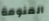
المنومة